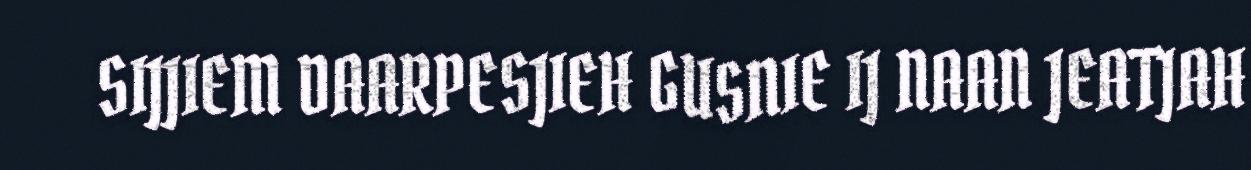
SIJJIEM DAARPESJIEH GUSNIE IJ NAAN JEATJAH